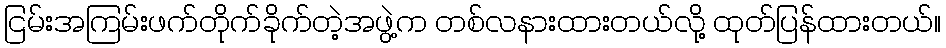
ငြမ်းအကြမ်းဖက်တိုက်ခိုက်တဲ့အဖွဲ့က တစ်လနားထားတယ်လို့ ထုတ်ပြန်ထားတယ်။